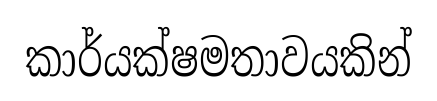
කාර්යක්ෂමතාවයකින්